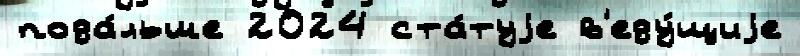
пода́льше 2024 ста́туjе в'еду́щиjе